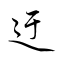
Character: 迂